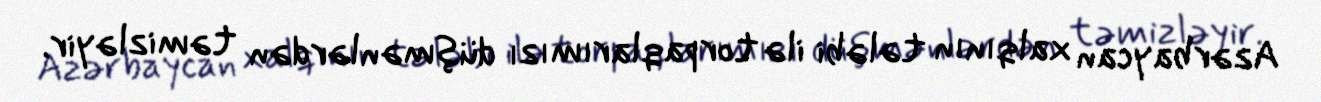
Azərbaycan xalqının tələbi ilə torpaqlarımızı düşmənlərdən təmizləyir.